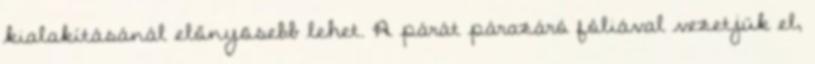
kialakításánál előnyösebb lehet. A párát párazáró fóliával vezetjük el,